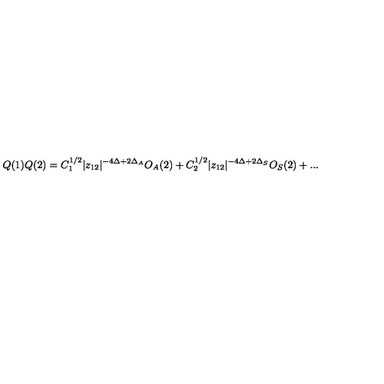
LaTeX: Q ( 1 ) Q ( 2 ) = C _ { 1 } ^ { 1 / 2 } | z _ { 1 2 } | ^ { - 4 \Delta + 2 \Delta _ { A } } O _ { A } ( 2 ) + C _ { 2 } ^ { 1 / 2 } | z _ { 1 2 } | ^ { - 4 \Delta + 2 \Delta _ { S } } O _ { S } ( 2 ) + . . .